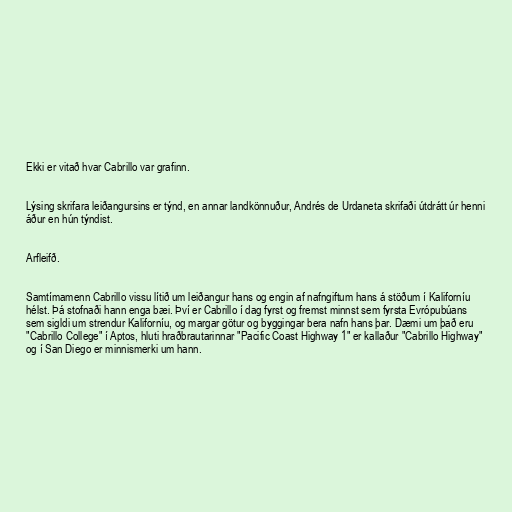
Ekki er vitað hvar Cabrillo var grafinn.

Lýsing skrifara leiðangursins er týnd, en annar landkönnuður, Andrés de Urdaneta skrifaði útdrátt úr henni
áður en hún týndist.

Arfleifð.

Samtímamenn Cabrillo vissu lítið um leiðangur hans og engin af nafngiftum hans á stöðum í Kaliforníu
hélst. Þá stofnaði hann enga bæi. Því er Cabrillo í dag fyrst og fremst minnst sem fyrsta Evrópubúans
sem sigldi um strendur Kaliforníu, og margar götur og byggingar bera nafn hans þar. Dæmi um það eru
"Cabrillo College" í Aptos, hluti hraðbrautarinnar "Pacific Coast Highway 1" er kallaður "Cabrillo Highway"
og í San Diego er minnismerki um hann.